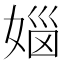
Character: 𪦅